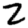
Digit: 2